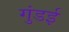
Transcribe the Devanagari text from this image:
गुंडई